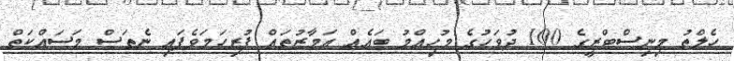
ހެލްތު މިނިސްޓްރީގެ 100 ދުވަހުގެ މުހިއްމު ބައެއް އަމާޒުތައް ފުރިހަމަވެފައި ނެތަސް މަސައްކަތް